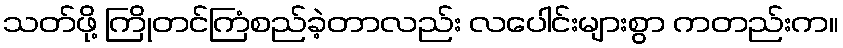
သတ်ဖို့ ကြိုတင်ကြံစည်ခဲ့တာလည်း လပေါင်းများစွာ ကတည်းက။